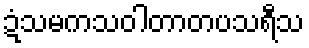
ဍံသမကသဝါတာတပသရီသ